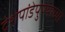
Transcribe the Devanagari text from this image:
देशपांडेपुण्याच्या